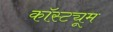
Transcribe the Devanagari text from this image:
कॉस्‍ट्यूम